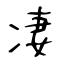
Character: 凄